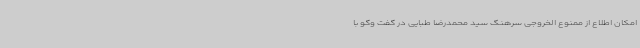
امکان اطلاع از ممنوع الخروجی سرهنگ سید محمدرضا طبایی در گفت وگو با